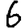
Digit: 6